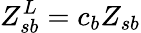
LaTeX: Z_{sb}^{L}=c_{b}Z_{sb}